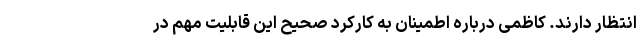
انتظار دارند. کاظمی درباره اطمینان به کارکرد صحیح این قابلیت مهم در